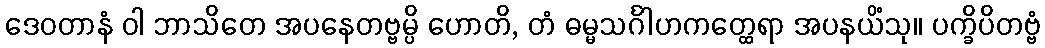
ဒေဝတာနံ ဝါ ဘာသိတေ အပနေတဗ္ဗမ္ပိ ဟောတိ, တံ ဓမ္မသင်္ဂါဟကတ္ထေရာ အပနယိံသု။ ပက္ခိပိတဗ္ဗံ